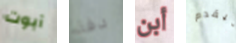
آبوت دقة أبن ليقدم